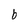
Character: b